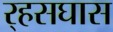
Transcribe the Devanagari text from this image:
र्‍हसघास